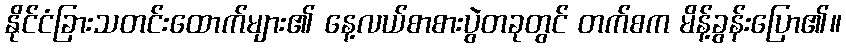
နိုင်ငံခြားသတင်းထောက်များ၏ နေ့လယ်စာစားပွဲတခုတွင် တက်စက မိန့်ခွန်းပြော၏။